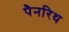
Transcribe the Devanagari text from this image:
पैनरिथ